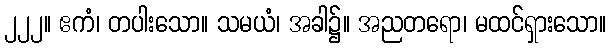
၂၂၂။ ဧကံ၊ တပါးသော။ သမယံ၊ အခါ၌။ အညတရော၊ မထင်ရှားသော။